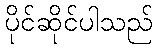
ပိုင်ဆိုင်ပါသည်